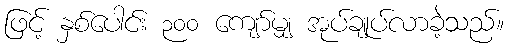
ဖြင့် နှစ်ပေါင်း ၃၀၀ ကျော်မျှ အုပ်ချုပ်လာခဲ့သည်။